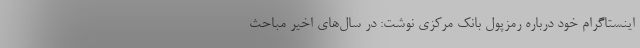
اینستاگرام خود درباره رمزپول بانک مرکزی نوشت: در سال‌های اخیر مباحث